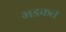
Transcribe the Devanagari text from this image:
भडकत